Civil Veterinary Dept. Bombay admin report 1893-99 - 1893-1899
Year: 1893
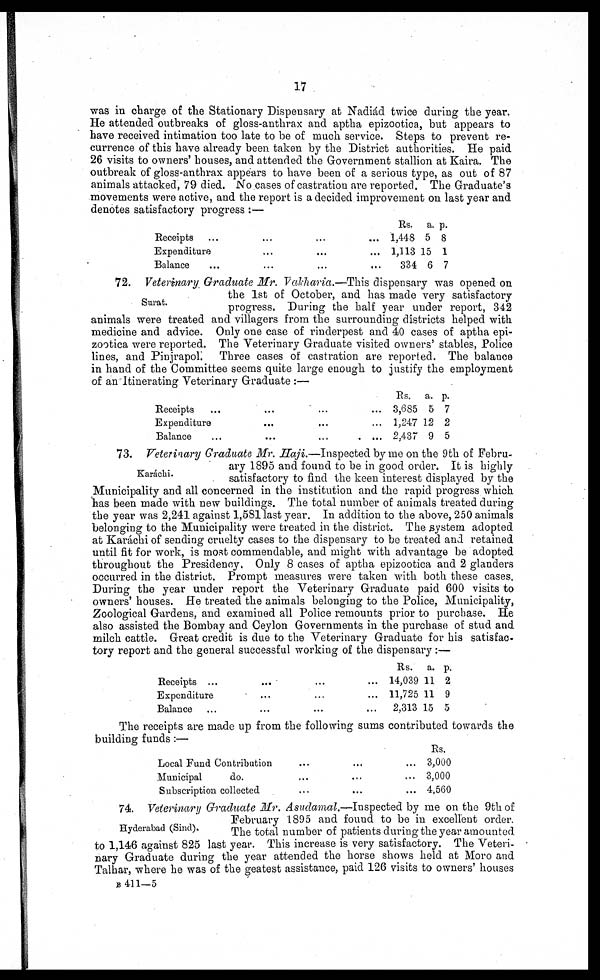
17
was in charge of the Stationary Dispensary at Nadiád twice during the year.
He attended outbreaks of gloss-anthrax and aptha epizootica, but appears to
have received intimation too late to be of much service. Steps to prevent re-
currence of this have already been taken by the District authorities. He paid
26 visits to owners' houses, and attended the Government stallion at Kaira. The
outbreak of gloss-anthrax appears to have been of a serious type, as out of 87
animals attacked, 79 died. No cases of castration are reported. The Graduate's
movements were active, and the report is a decided improvement on last year and
denotes satisfactory progress :—
Receipts ... ... ... ...
Expenditure ... ... ...
Balance ... ... ... ...
Rs.
1,448
1,113
334
a.
5
15
6
p.
8
1
7
Surat.
72. Veterinary Graduate Mr. Vakharia.—This dispensary was opened on
the 1st of October, and has made very satisfactory
progress. During the half year under report, 342
animals were treated and villagers from the surrounding districts helped with
medicine and advice. Only one case of rinderpest and 40 cases of aptha epi-
zootica were reported. The Veterinary Graduate visited owners' stables, Police
lines, and Pinjrapol
Three cases of castration are reported. The balance
in hand of the Committee seems quite large enough to justify the employment
of an Itinerating Veterinary Graduate :—
Receipts ... ... ... ...
Expenditure ... ... ...
Balance ... ... ... ...
Rs.
3,685
1,247
2,437
a.
5
12
9
p.
7
2
5
Karáchi.
73. Veterinary Graduate Mr. Haji.—Inspected by me on the 9th of Febru-
ary 1895 and found to be in good order. It is highly
satisfactory to find the keen interest displayed by the
Municipality and all concerned in the institution and the rapid progress which
has been made with new buildings. The total number of animals treated during
the year was 2,241 against 1,581 last year. In addition to the above, 250 animals
belonging to the Municipality were treated in the district. The system adopted
at Karáchi of sending cruelty cases to the dispensary to be treated and retained
until fit for work, is most commendable, and might with advantage be adopted
throughout the Presidency. Only 8 cases of aptha epizootica and 2 glanders
occurred in the district. Prompt measures were taken with both these cases.
During the year under report the Veterinary Graduate paid 600 visits to
owners' houses. He treated the animals belonging to the Police, Municipality,
Zoological Gardens, and examined all Police remounts prior to purchase. He
also assisted the Bombay and Ceylon Governments in the purchase of stud and
milch cattle. Great credit is due to the Veterinary Graduate for his satisfac-
tory report and the general successful working of the dispensary :—
Receipts ... ... ... ...
Expenditure ... ... ...
Balance ... ... ... ...
Rs.
14,039
11,725
2,313
a.
11
11
15
p.
2
9
5
The receipts are made up from the following sums contributed towards the
building funds:—
Local Fund Contribution ... ... ...
Municipal
do. ... ... ...
Subscription collected ... ... ...
Rs.
3,000
3,000
4,560
Hyderabad (Sind).
74. Veterinary Graduate Mr. Asudamal.—Inspected by me on the 9th of
February 1895 and found to be in excellent order.
The total number of patients during the year amounted
to 1,146 against 825 last year. This increase is very satisfactory. The Veteri-
nary Graduate during the year attended the horse shows held at Moro and
Talhar, where he was of the geatest assistance, paid 126 visits to owners' houses
B
411—5